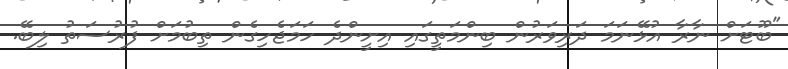
"ބޫޓަށް ނާރާ އުޅޭނަމަ ދަރިވަރުން ބިންމަތީގައި އިށީންދެ ހަމަޖެހިގެން ތިބުމަށް ފުރުސަތު ލިބޭ.